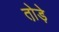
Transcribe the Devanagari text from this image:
तो़ड़े